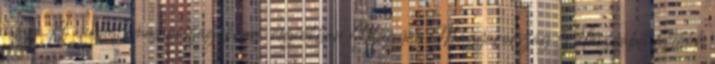
listája A webhely más országokban régiókban Magyar Magyarország Használati feltételek